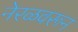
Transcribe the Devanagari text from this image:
नेरळवरून